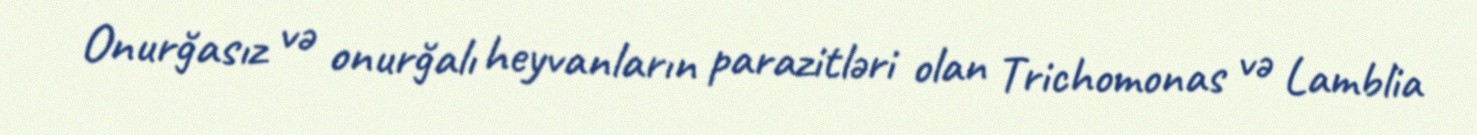
Onurğasız və onurğalı heyvanların parazitləri olan Trichomonas və Lamblia